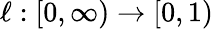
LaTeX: \ell:[0,\infty)\to[0,1)